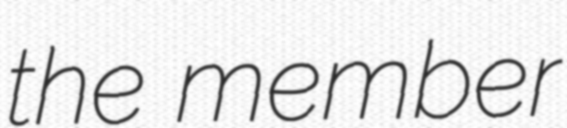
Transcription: the member